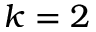
k = 2